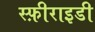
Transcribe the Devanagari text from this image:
स्फ़ीराइडी